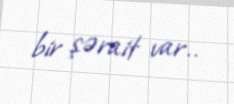
bir şərait var..